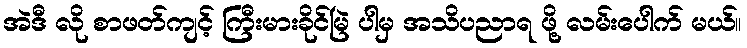
အဲဒီ လို စာဖတ်ကျင့် ကြီးမားခိုင်မြဲ ပါမှ အသိပညာရ ဖို့ လမ်းပေါက် မယ်။